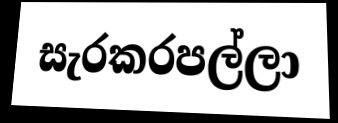
සැරකරපල්ලා